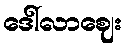
ဒေါ်လာဈေး